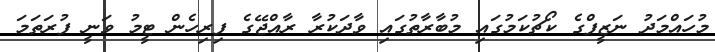
މުހައްމަދު ނަޒީފްގެ ކޯޗުކަމުގައި މުބާރާތުގައި ވާދަކުރާ ރާއްޖޭގެ ފިރިހެން ޓީމު ވަނީ ފުރަތަމަ